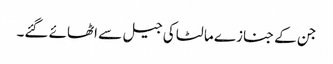
جن کے جنازے مالٹا کی جیل سے اٹھائے گئے۔